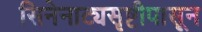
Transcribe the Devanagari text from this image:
सिनेनाट्यसृष्टीपासून